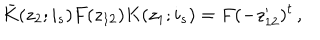
LaTeX: \bar { K } ( z _ { 2 } ; i _ { s } ) F ( z _ { 1 2 } ) K ( z _ { 1 } ; i _ { s } ) = F ( - z _ { 1 2 } ^ { \prime } ) ^ { t } \, ,